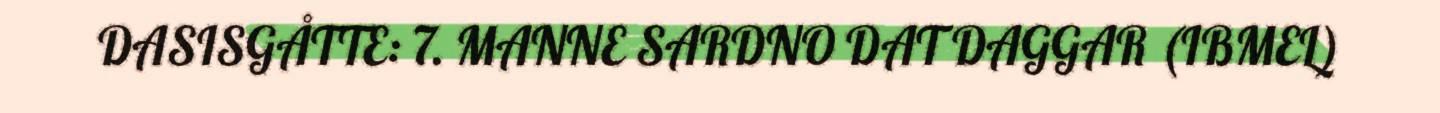
DASISGÅTTE: 7. MANNE SARDNO DAT DAGGAR (IBMEL)